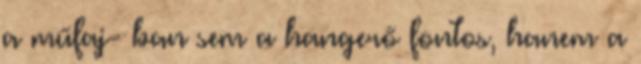
a műfaj- ban sem a hangerő fontos, hanem a